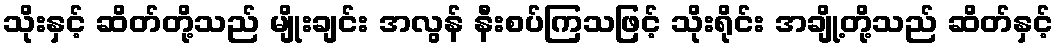
သိုးနှင့် ဆိတ်တို့သည် မျိုးချင်း အလွန် နီးစပ်ကြသဖြင့် သိုးရိုင်း အချို့တို့သည် ဆိတ်နှင့်